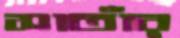
সাতাঁর